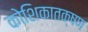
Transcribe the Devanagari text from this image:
कोशिकातक्षण